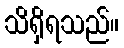
သိရှိရသည်။